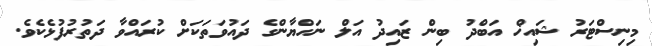
މިނިސްޓަރު ޝައިޚް އަބްދު ބިން ޒައިދު އަލް ނަހްޔާންގެ ދައުވަތަކަށް ކުރައްވާ ދަތުރުފުޅެކެވެ.